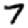
Digit: 7